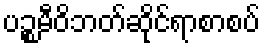
ပဉ္စမီဝိဘတ်ဆိုင်ရာစာစပ်